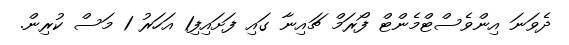
ދެވަނަ އިންވެސްޓްމެންޓް ފޯރަމް ޗައިނާ ގައި ފަށައިފި1 އަހަރު 1 މަސް ކުރިން.